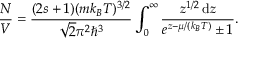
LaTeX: { \frac { N } { V } } = { \frac { ( 2 s + 1 ) ( m k _ { B } T ) ^ { 3 / 2 } } { { \sqrt { 2 } } \pi ^ { 2 } \hbar ^ { 3 } } } \int _ { 0 } ^ { \infty } { \frac { z ^ { 1 / 2 } \, \mathrm { d } z } { e ^ { z - \mu / ( k _ { B } T ) } \pm 1 } } .